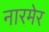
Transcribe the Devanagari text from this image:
नारमेर